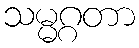
သမ္မဂ္ဂတာ